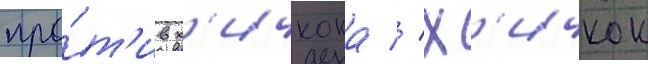
про́т'ив х'ичкока // Х'ичкок